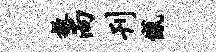
掖尚刊憾